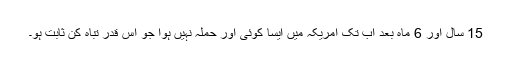
15 سال اور 6 ماہ بعد اب تک امریکہ میں ایسا کوئی اور حملہ نہیں ہوا جو اس قدر تباہ کن ثابت ہو۔